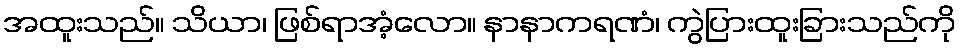
အထူးသည်။ သိယာ၊ ဖြစ်ရာအံ့လော။ နာနာကရဏံ၊ ကွဲပြားထူးခြားသည်ကို